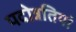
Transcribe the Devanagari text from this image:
पदोन्नतियां